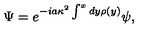
\Psi = e ^ { - i a \kappa ^ { 2 } \int ^ { x } d y \rho ( y ) } \psi ,